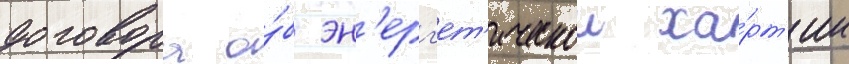
договора о́б эн'ерг'ет'ическои ха́рт'ии